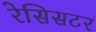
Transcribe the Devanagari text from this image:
रेसिसटर